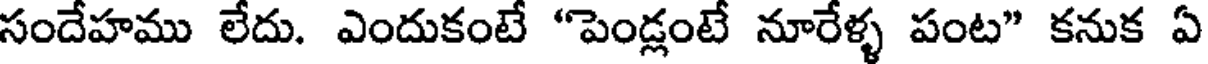
సందేహము లేదు. ఎందుకంటే "పెండ్లంటే నూరేళ్ళ పంట" కనుక ఏ